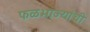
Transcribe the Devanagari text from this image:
फळभाज्यांची